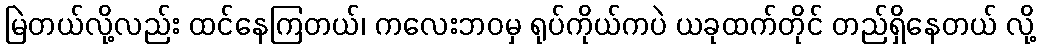
မြဲတယ်လို့လည်း ထင်နေကြတယ်၊ ကလေးဘဝမှ ရုပ်ကိုယ်ကပဲ ယခုထက်တိုင် တည်ရှိနေတယ် လို့